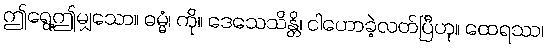
ဤရွေ့ဤမျှသော။ ဓမ္မံ၊ ကို။ ဒေသေသိန္တိ၊ ငါဟောခဲ့လတ်ပြီဟု။ ထေရဿ၊